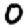
Digit: 0